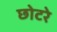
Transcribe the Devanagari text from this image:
छोटरे